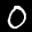
Digit: 0